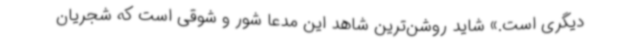
دیگری است.» شاید روشن‌ترین شاهد این مدعا شور و شوقی است که شجریان